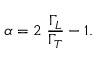
\alpha = 2 ~ \frac { \Gamma _ { L } } { \Gamma _ { T } } - 1 .